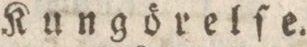
Kungörelſe.